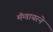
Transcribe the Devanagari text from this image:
मॅग्वायरने